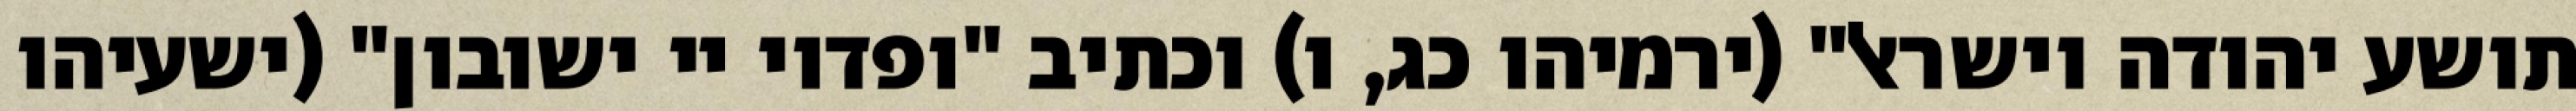
תושע יהודה וישראל" (ירמיהו כג, ו) וכתיב "ופדוי יי ישובון" (ישעיהו